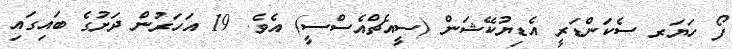
ފޯ ހަޔަރ ސެކަންޑަރީ އެޑިޔުކޭޝަން (ސީއެޗްއެސްސީ) އެވެ. 19 އަހަރުން ދަށުގެ ބައިގައި